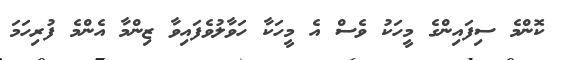
ކޮންމެ ސިފައިންގެ މީހަކު ވެސް އެ މީހަކާ ހަވާލުވެފައިވާ ޒިންމާ އެންމެ ފުރިހަމަ